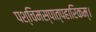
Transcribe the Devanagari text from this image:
पश्चिमस्पात्पहारिकम्।